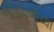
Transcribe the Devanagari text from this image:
मोठेपणीच्या